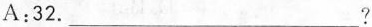
A:32.___?